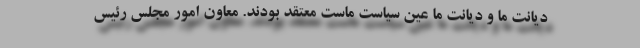
دیانت ما و دیانت ما عین سیاست ماست معتقد بودند. معاون امور مجلس رئیس